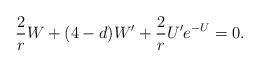
LaTeX: \begin{align*}\frac{2}{r}W+(4-d)W^{\prime }+\frac{2}{r}U^{\prime }e^{-U}=0.\end{align*}